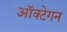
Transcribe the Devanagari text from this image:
ऑक्टेगन